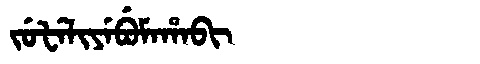
Manchu: ᠵᡠᡶᡝᠯᡳᠶᡝᠪᡠᠮᠠᡥᠠᠪᡳ
Romanization: JUFELIYEBUMAHABI